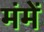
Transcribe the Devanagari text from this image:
मंमें